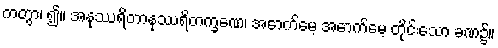
ကတွာ၊ ၍။ အနုဿရိတာနုဿရိတက္ခဏေ၊ အောက်မေ့ အောက်မေ့ တိုင်းသော ခဏ၌။